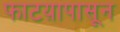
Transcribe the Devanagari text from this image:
फाटय़ापासून